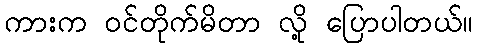
ကားက ဝင်တိုက်မိတာ လို့ ပြောပါတယ်။